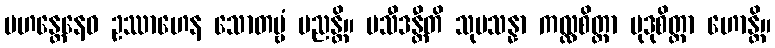
မဟန္တေနေဝ ဥဿာဟေန သောတဗ္ဗံ မညန္တိ။ ပသီဒန္တီတိ သုပသန္နာ ကလ္လစိတ္တာ မုဒုစိတ္တာ ဟောန္တိ။